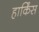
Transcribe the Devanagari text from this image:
हार्किंस